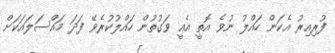
ފުރިއިރު އެކަން ހައްލު ނުވެ އޮތީ އެއީ ވަގުތުން ހައްލުކުރެވޭ ފަދަ މައްސަލައަކަށް